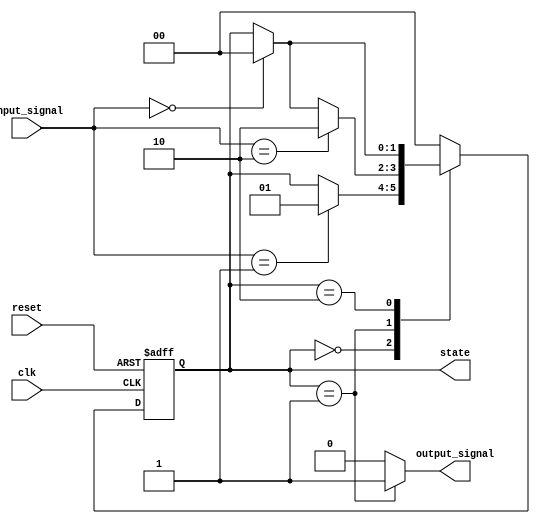
module fsm_pre_configured_state_init (
    input wire clk,            // Clock signal
    input wire reset,          // Reset signal (active high)
    input wire [1:0] input_signal, // Input signals for state transitions
    output reg [1:0] state,    // Current state of the FSM
    output reg output_signal    // Output signal based on the current state
);

// State Encoding
localparam STATE_IDLE     = 2'b00;
localparam STATE_ACTIVE   = 2'b01;
localparam STATE_DONE     = 2'b10;

// Initial State Assignment
initial begin
    state = STATE_IDLE; // Pre-defined initial state
end

// Reset Logic and Clock Synchronization
always @(posedge clk or posedge reset) begin
    if (reset) begin
        state <= STATE_IDLE; // Initialize to the pre-configured initial state on reset
    end else begin
        // State Transition Logic
        case (state)
            STATE_IDLE: begin
                if (input_signal == 2'b01) begin
                    state <= STATE_ACTIVE; // Transition to ACTIVE state
                end
            end
            STATE_ACTIVE: begin
                if (input_signal == 2'b10) begin
                    state <= STATE_DONE; // Transition to DONE state
                end else if (input_signal == 2'b00) begin
                    state <= STATE_IDLE; // Return to IDLE state
                end
            end
            STATE_DONE: begin
                if (input_signal == 2'b00) begin
                    state <= STATE_IDLE; // Return to IDLE state
                end
            end
            default: state <= STATE_IDLE; // Default to IDLE state on unknown state
        endcase
    end
end

// Output Logic based on the current state
always @(*) begin
    case (state)
        STATE_IDLE: output_signal = 1'b0; // Output for IDLE state
        STATE_ACTIVE: output_signal = 1'b1; // Output for ACTIVE state
        STATE_DONE: output_signal = 1'b0; // Output for DONE state
        default: output_signal = 1'b0; // Default output
    endcase
end

endmodule